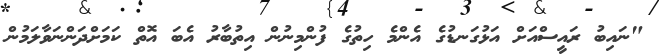
"ނައިބު ރައީސްއަށް އަޅުގަނޑުގެ އެންމެ ހިތުގެ ފުންމިނުން އިތުބާރު އެބަ އޮތް ކަމަށްދަންނަވާލަމުން